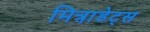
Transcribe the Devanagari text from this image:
मित्रा़डेट्स